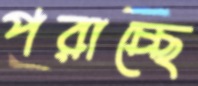
পরাচ্ছে